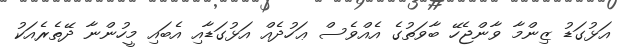
އަޅުގަޑު ޒިންމާ ވާންޖެހޭ ބާވަތުގެ އެއްވެސް ޢަހުދެއް އަޅުގަޑާއި އެބައި މީހުންނާ ދޭތެރެއަކު